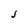
Character: J